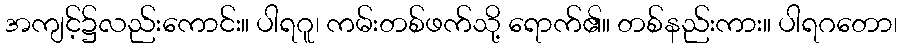
အကျင့်၌လည်းကောင်း။ ပါရဂူ၊ ကမ်းတစ်ဖက်သို့ ရောက်၏။ တစ်နည်းကား။ ပါရဂတော၊